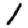
Digit: 1